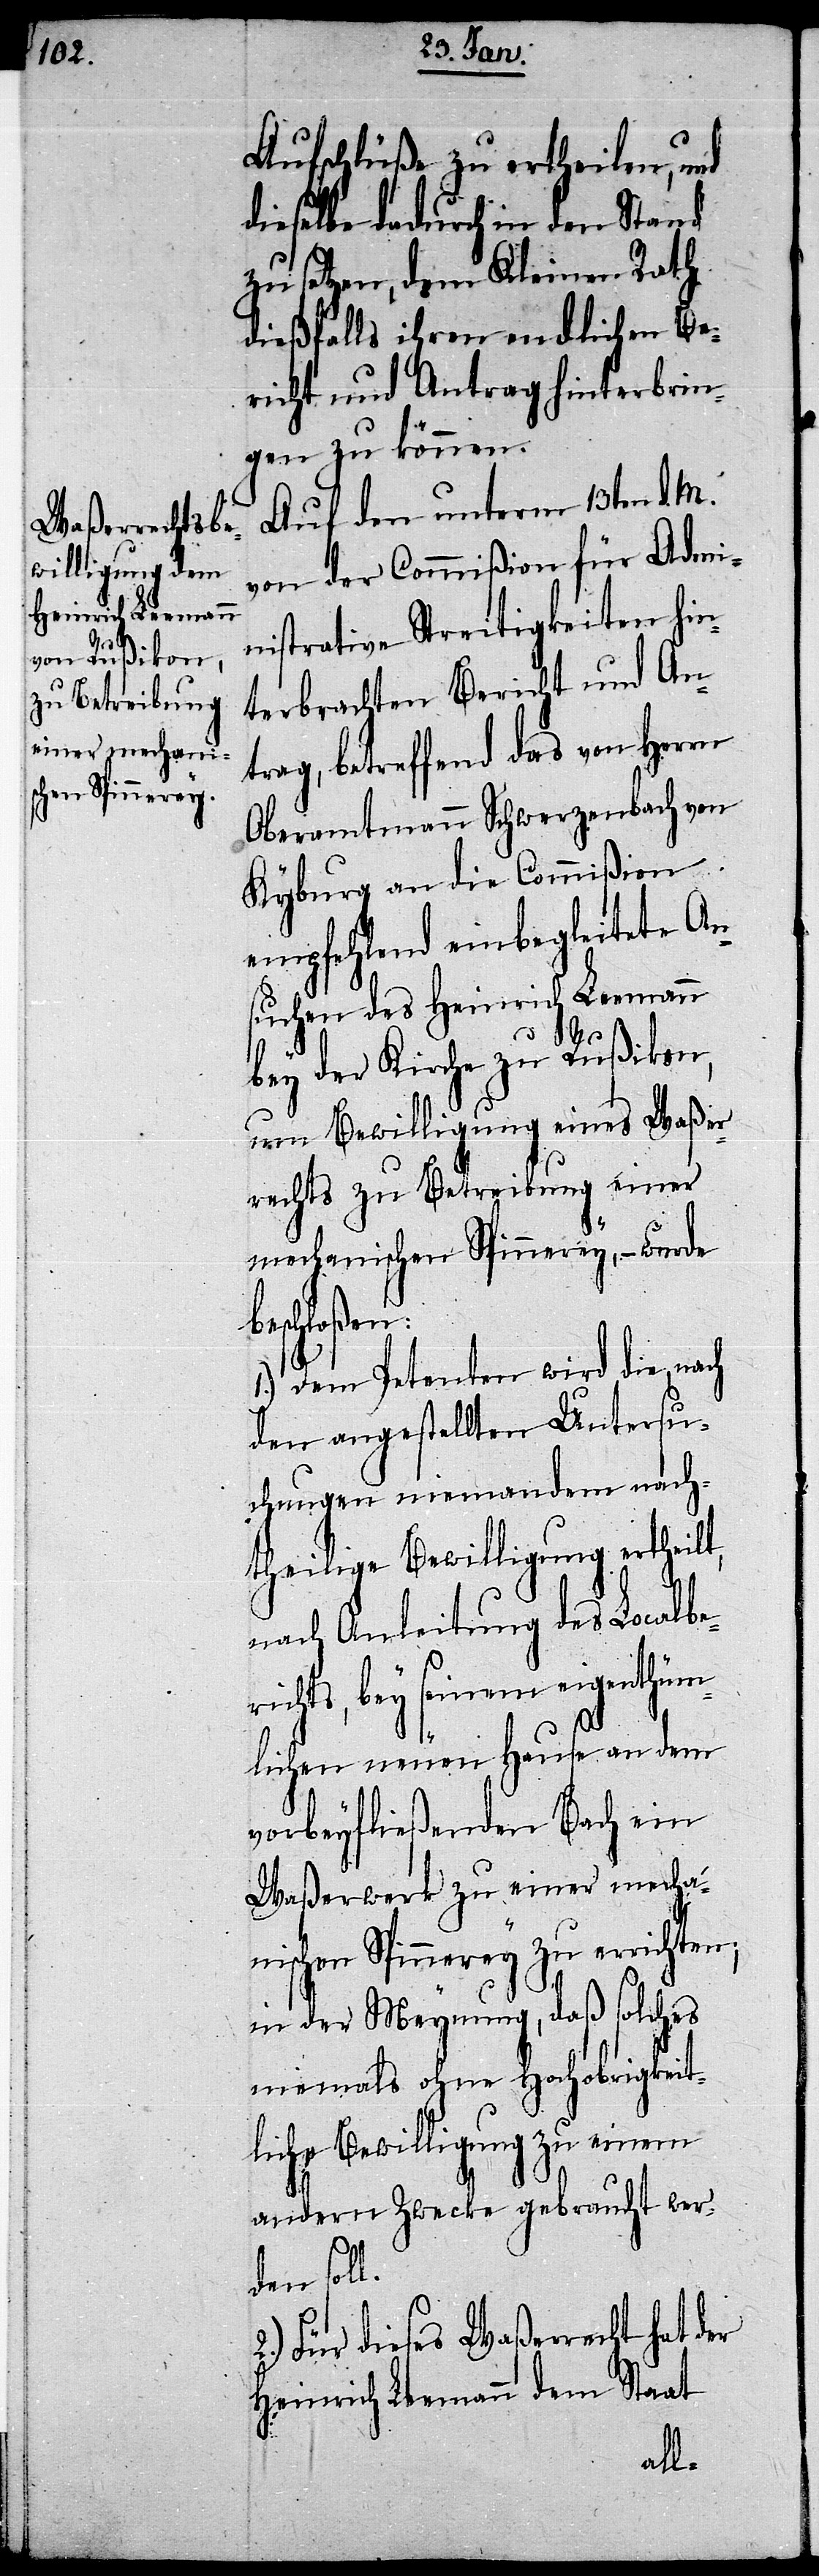
schen Spinnerey

Aufschlüße zu ertheilen, und
dieselbe dadurch in den Stand
zu setzen, dem Kleinen Rath
dießfalls ihren endlichen Be¬
richt und Antrag hinterbrin¬
gen zu können.
Auf den unterm 13ten d. M.
von der Commißion für Admi¬
nistrative Streitigkeiten hin¬
terbrachten Bericht und An¬
trag, betreffend das von Herrn
Oberamtmann Schwerzenbach von
Kyburg an die Commißion
empfehlend einbegleitete An¬
suchen des Heinrich Leemann
bey der Kirche zu Rußikon,
um Bewilligung eines Waßer¬
rechts zu Betreibung einer
mechanischen Spinnerey, – wurde
beschloßen:
1.) Dem Petenten wird die nach
den angestellten Untersu¬
chungen niemandem nach¬
theilige Bewilligung ertheilt,
nach Anleitung des Localber¬
ichts, bey seinem eigenthüm¬
lichen neuen Hause an dem
vorbeyfließenden Bach ein
Waßerwerk zu einer mechani¬
in der Meynung, daß solches
niemals ohne Hochobrigkeit¬
liche Bewilligung zu einem
andern Zwecke gebraucht wer¬
den soll.
Für dieses Waßerrecht hat der
Heinrich Leemann dem Staat